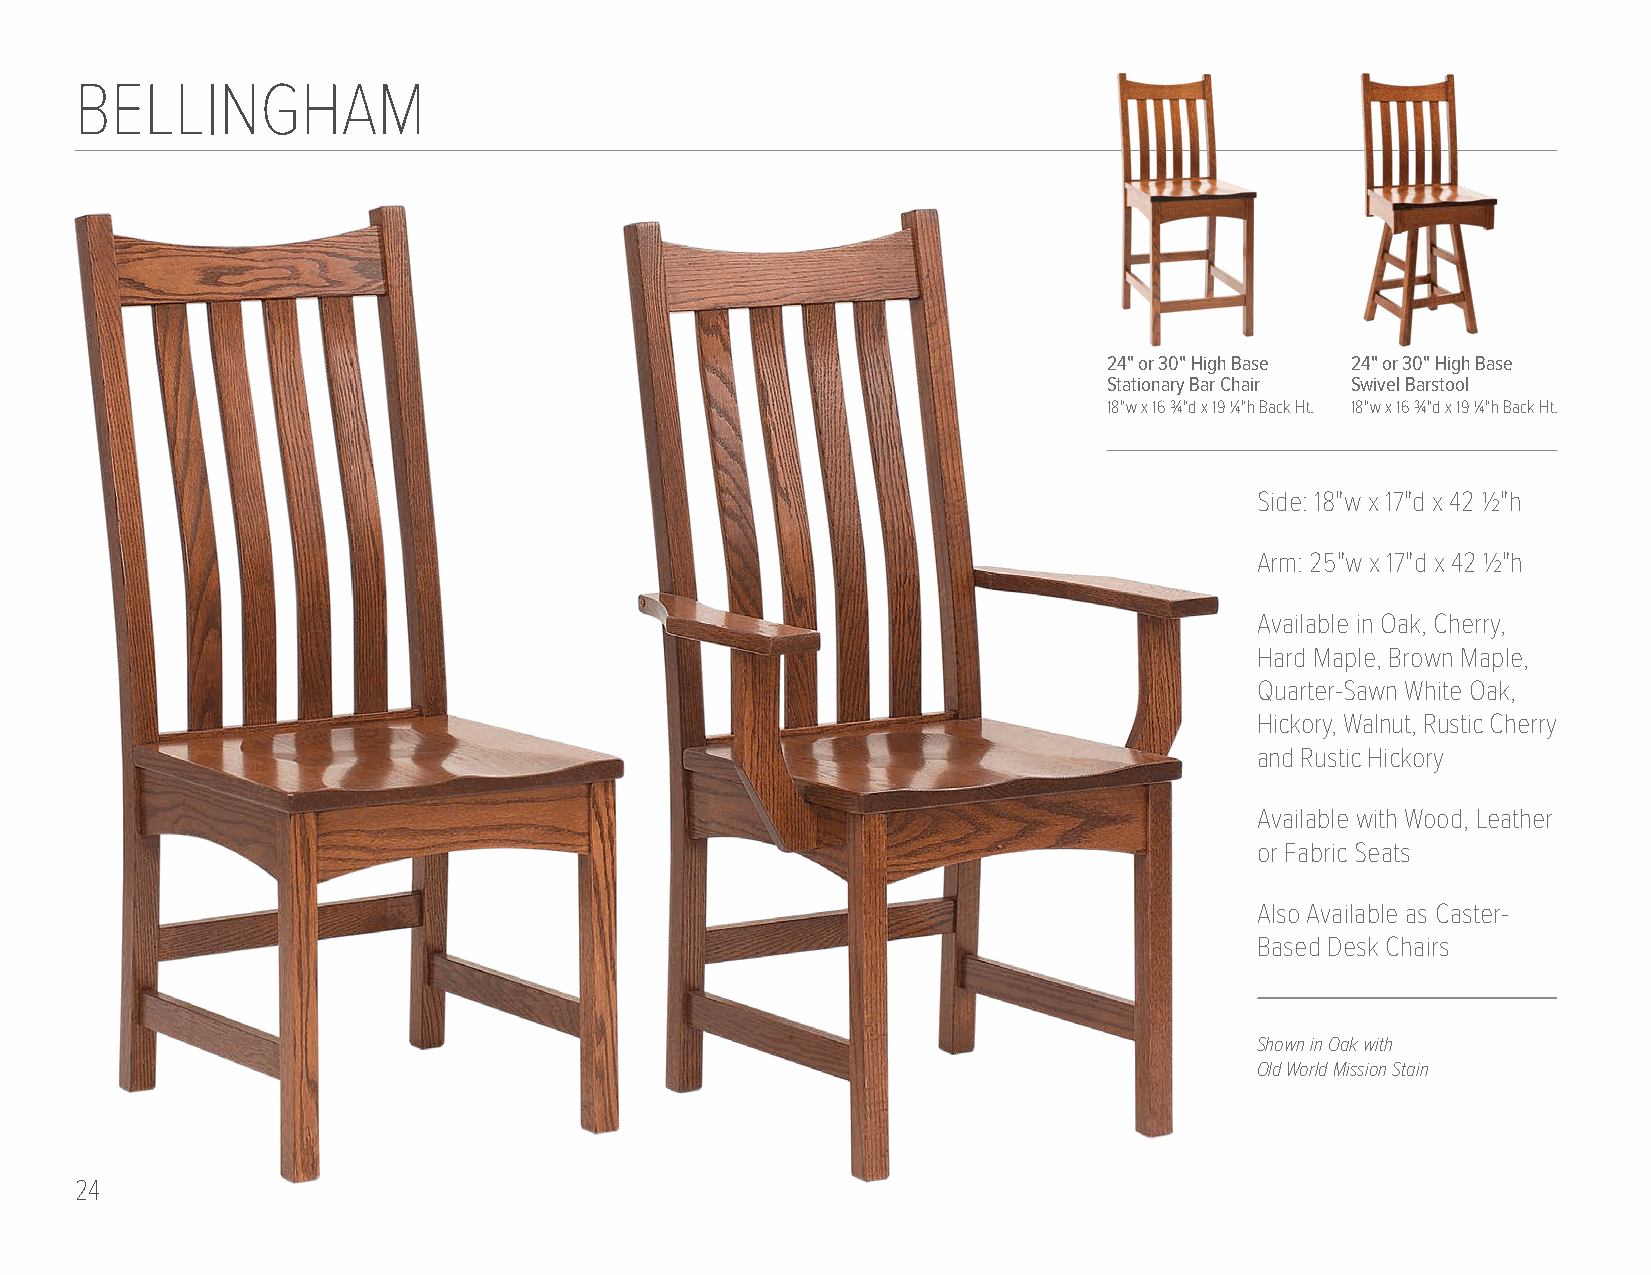
BELLINGHAM
 24" or 30" High Base 24" or 30" High Base
 Stationary Bar Chair Swivel Barstool
 18"w x 16 3/4"d x 19 1/4"h Back Ht. 18"w x 16 3/4"d x 19 1/4"h Back Ht.
 Side: 18"w x 17"d x 42 1/2"h
 Arm: 25"w x 17"d x 42 1/2"h
 Available in Oak, Cherry,
 Hard Maple, Brown Maple,
 Quarter-Sawn White Oak,
 Hickory, Walnut, Rustic Cherry
 and Rustic Hickory
 Available with Wood, Leather
 or Fabric Seats
 Also Available as Caster-
 Based Desk Chairs
 Shown in Oak with
 Old World Mission Stain
 24